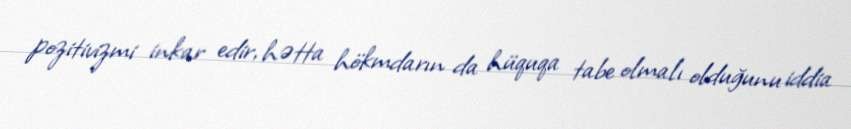
pozitivizmi inkar edir, hətta hökmdarın da hüquqa tabe olmalı olduğunu iddia